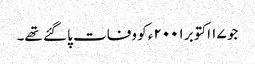
جو ۱۷ اکتوبر ۲۰۰۱ء کو وفات پا گئے تھے۔